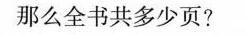
那么全书共多少页?